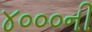
૪૦૦૦ની